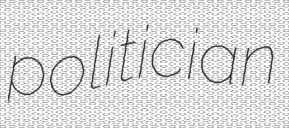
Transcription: politician